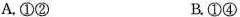
A.①② B.①④